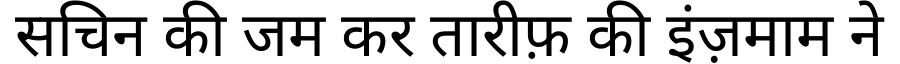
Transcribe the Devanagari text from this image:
सचिन की जम कर तारीफ़ की इंज़माम ने